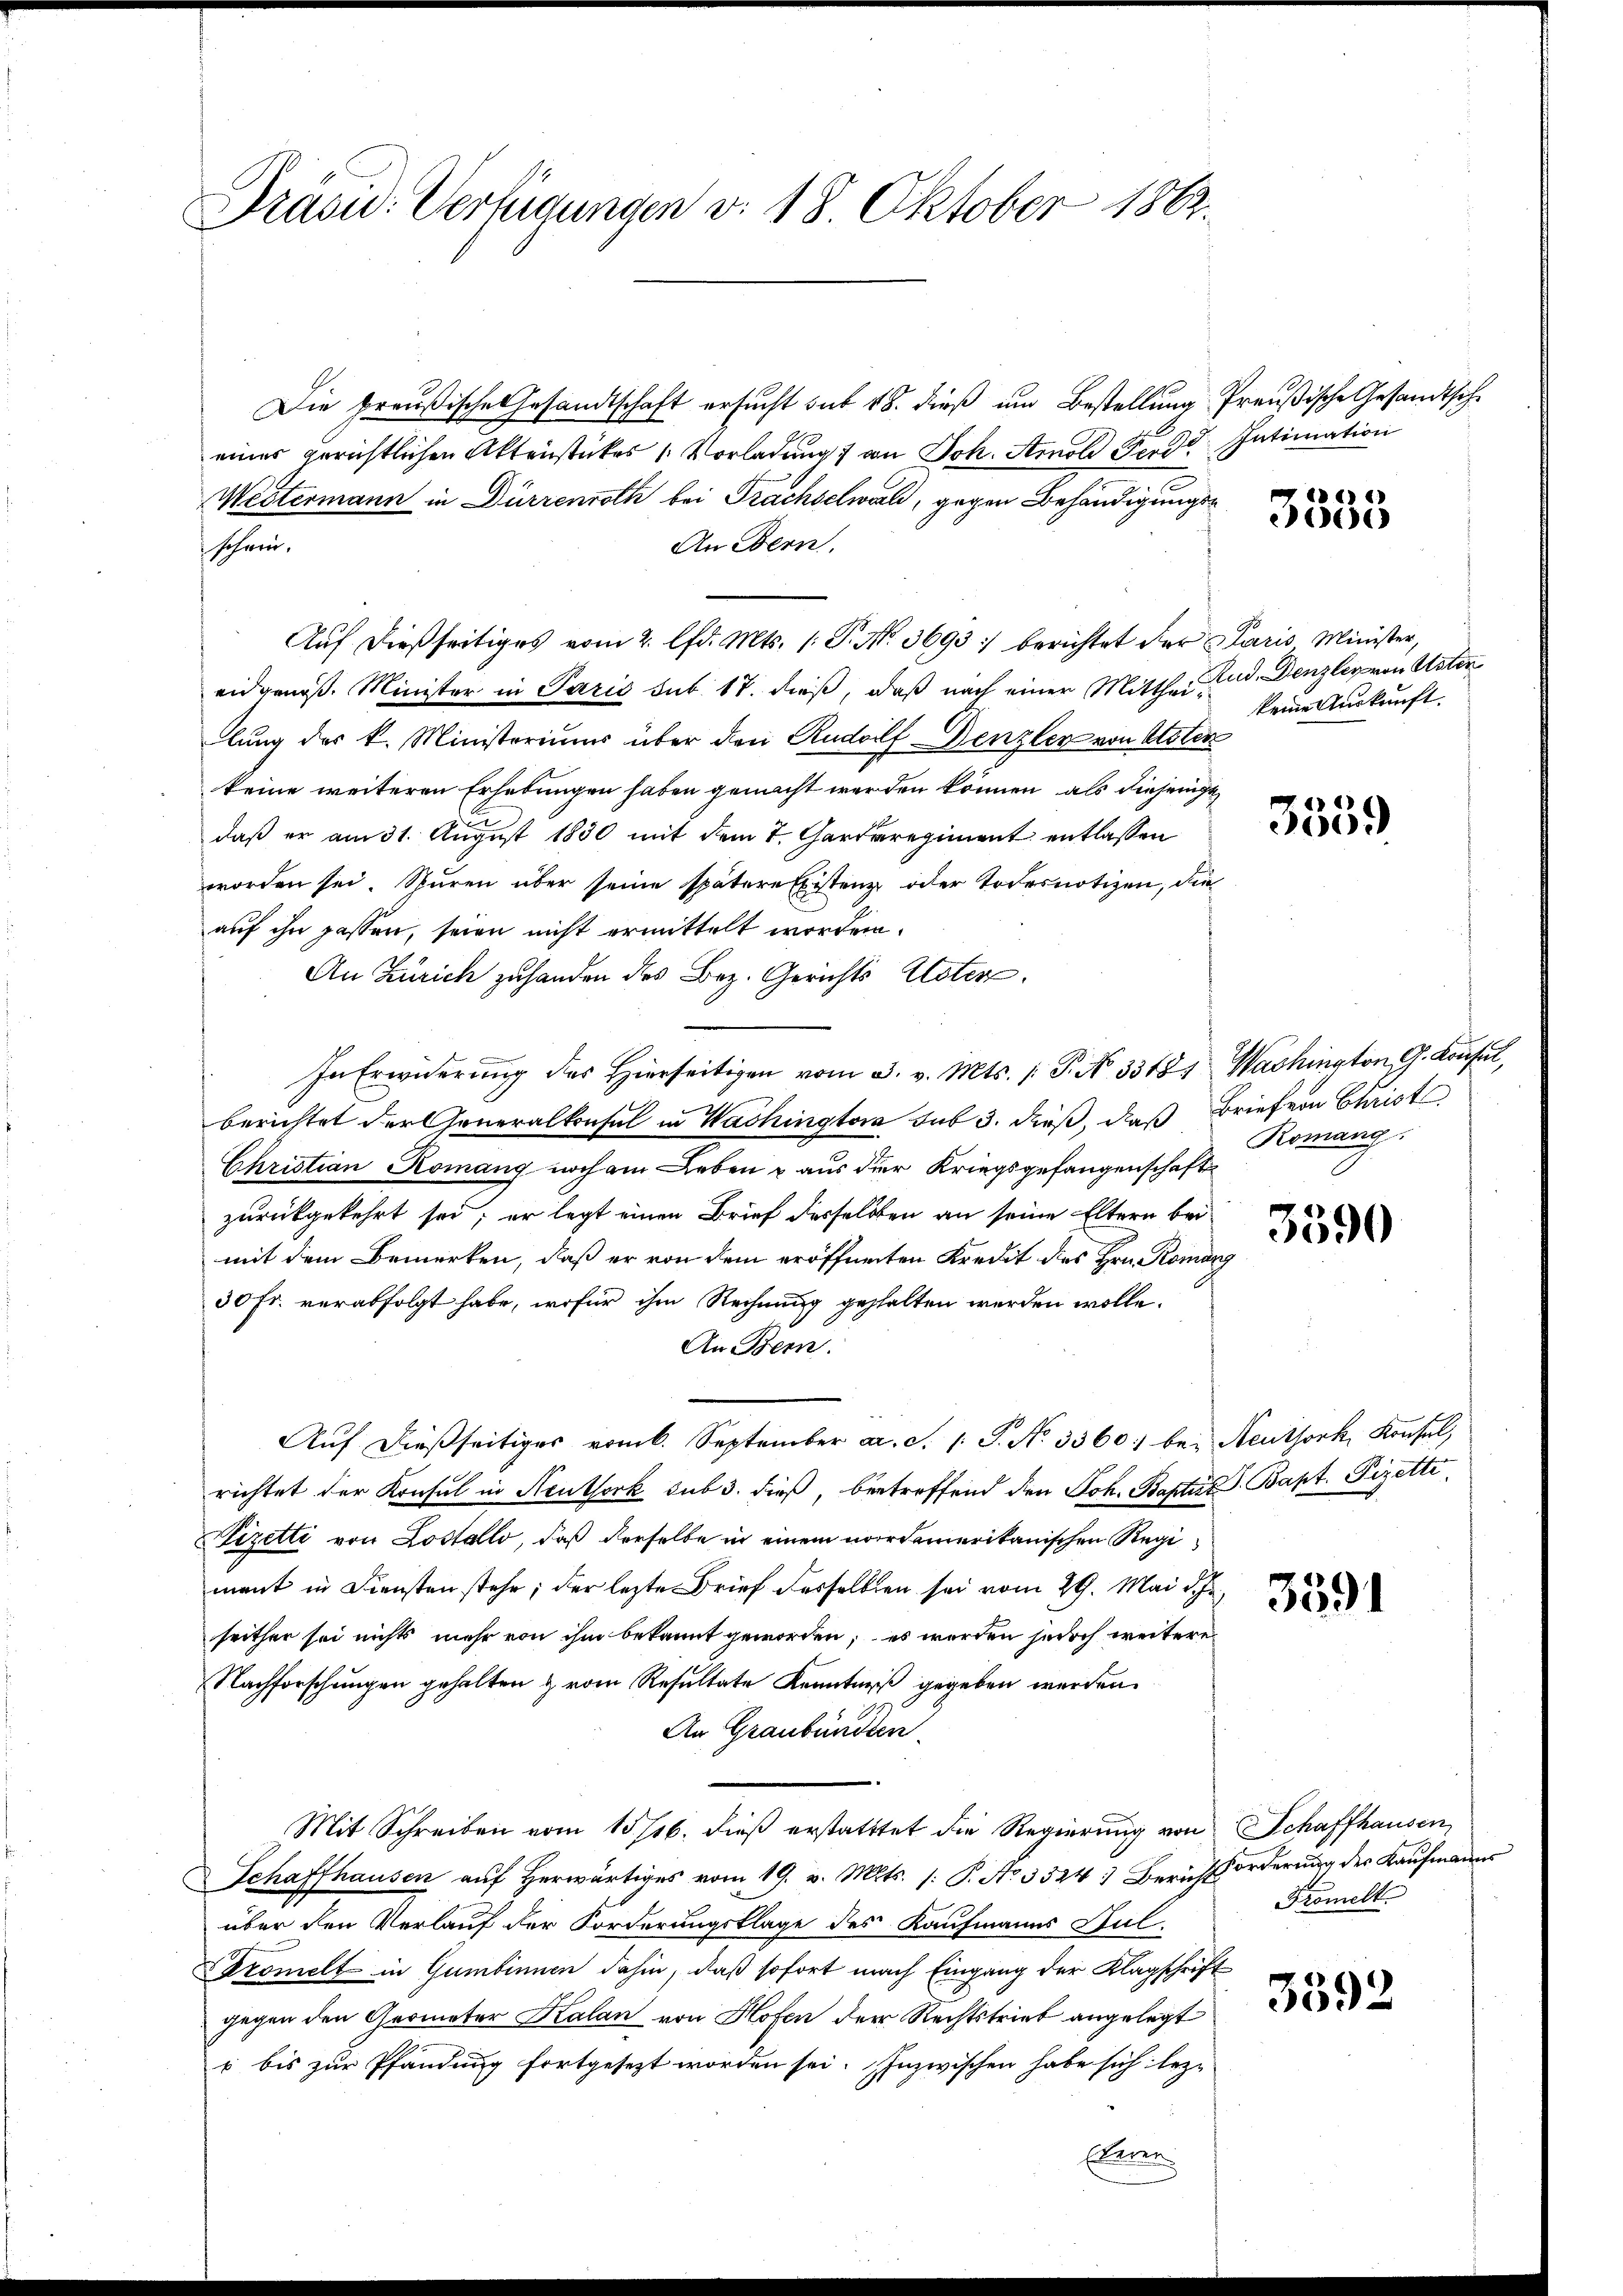
Präsu. Verfügungen v. 18. Oktober 1862.

Die preußische Gesandtschaft ersucht sub 18. dieß um Bestellung Preußische Gesandtscheines gerichtlichen Aktenstückes (Vorladung von Joh. Arnold Ferd. Intimation
Westermann in Dürrenroth bei Frachselwald, gegen Behändigungs¬
An Bern.
schrei
Auf dießseitiges vom 2. lfd. Mts. 1. P. Nr. 3693:/ berichtet der Paris Minister,
eidgenöß. Minister in Paris sub. 17. dieß, daß nach einer Mitthard. Denzley von Uster
lung des k. Ministeriums über den Rudolf Denzler von Oster
keine weiteren Erhebungen haben gemacht werden können, als diejenige
daß er am 31. August 1850 mit dem 7. Gartaregiment entlassen
worden sei. Spuren über seine spätere Existenz oder Todesnotizen, die
auf ihn passen, seien nicht ermittelt worden.
An Zürich zu handen des Bez. Gerichts Kloten.
In Erwiderŭng des hierseitigen vom 3. v. Mts. 1. P. No 3318. Washington G. Konsul,
berichtet der Generalkonsul in Washingtora sub 3. dieß, daß Briefern Christ
Christian Romang noch am Leben u aus der Kriegsgefangenschaft
zurückgekehrt sei; er legt einen Brief desselben an seine Eltern bei
mit dem Bemerken, daß er von dem eröffneten Kredit des Hrn. Komor
50 fr. verabfolgt habe, wofür ihm Rechnung geshalten werden wolle.
An Bern.
Aŭf dießseitiges vom 6. September a. S. 1 S. No 3360. bei Neuthork, Konsul,
richtet der Konsul in Neuthork sub 3. dieß, betreffend den Joh. Baptist. Bapt. Pizette
Vizetti von Lostallo, daß derselbe in einem nordamerikanischen Regi
mant in Diensten stehe; der lezte Brief desselben sei vom 29. Mai d. J.
seither sei nichts mehr von ihm bekannt geworden; es werden jedoch weitere
Nachforschungen gehalten & vom Resultate Kenntniß gegeben werden.
An Graubünden
Mit Schreiben vom 15/16. dieß erstatttet die Regierung von Schaffhausen,
Schaffhausen auf Herwärtiges vom 19. v. Mts. (: P. No 3524) Bericht orderung der Kaufmann
über den Verlauf der Forderungsklage des Kaufmanns Hul
Promelt in Gumbinnen dahin, daß sofort nach Eingang der Klagschrift
gegen den Geometer Kalan von Hofen der Rechtstrieb angelegt
r bis zur Pfandung fortgesezt worden sei. Inzwischen habe sich lez¬
Ebenen

t1)
e

keine Auskunft.

3539

Romang

3590

3591

Fromelt

3592